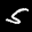
Label: 5